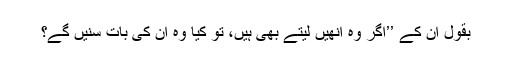
بقول اُن کے ’’اگر وہ اُنھیں لیتے بھی ہیں، تو کیا وہ اُن کی بات سنیں گے؟